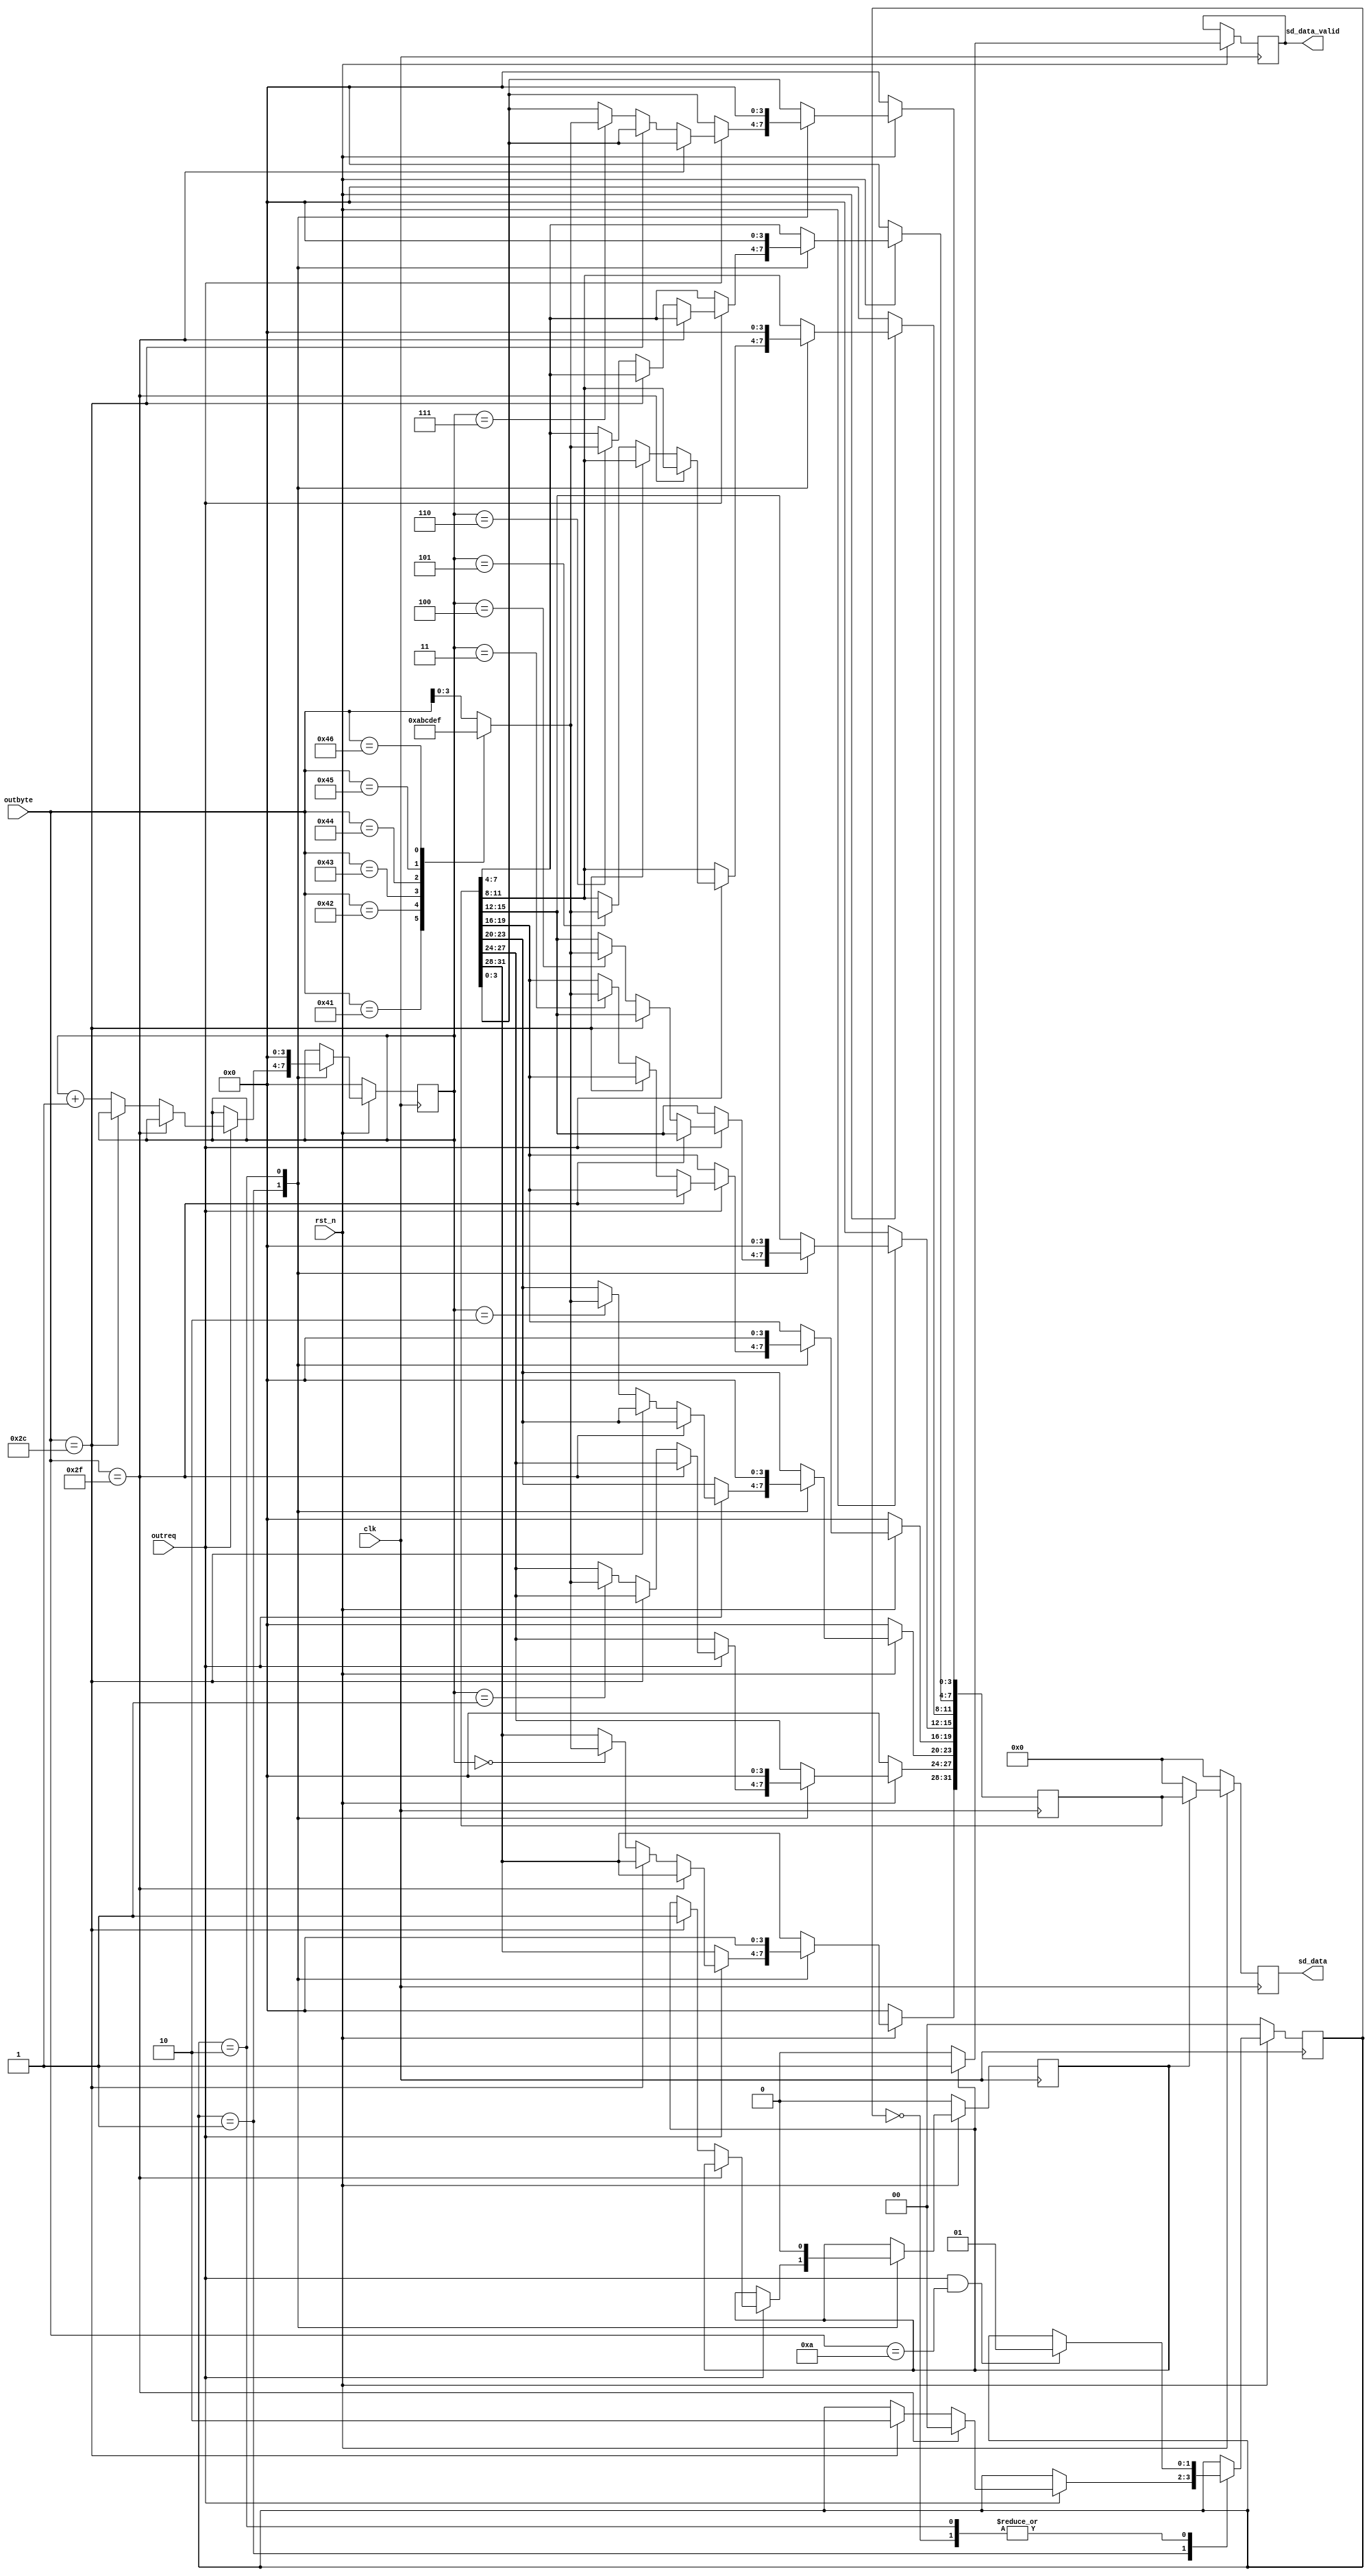
`timescale 1ns / 1ps
//////////////////////////////////////////////////////////////////////////////////
// Company: 
// Engineer: 
// 
// Design Name: 
// Module Name: sd_data_read
// Project Name: 
// Target Devices: 
// Tool Versions: 
// Description: 
// 
// Dependencies: 
// 
// Revision:
// Revision 0.01 - File Created
// Additional Comments:
// 
//////////////////////////////////////////////////////////////////////////////////


module sd_data_read(
    input clk,
    input rst_n,
    input outreq,
    input [7:0]outbyte,
    output reg [31:0]sd_data,
    output reg sd_data_valid
    );
    
    reg [31:0]read_data;
    
    reg trans_flag;
    reg [1:0]stage;
    reg[3:0]count;
    
    
    
    always @(posedge clk) begin
        if(~rst_n) begin
            trans_flag <= 1'b0;
            stage <= 2'b00;
            count <= 4'd0;
            read_data <= 32'd0;
        end
        else begin
            case(stage)
            2'b00: begin
                if(outreq==1 && outbyte==8'h0a) begin
                    stage <= 2'b01;
                end
            end
            2'b01: begin
                if(outreq==1) begin
                    if(outbyte==8'h2f)  begin //"/"
                        stage <= 2'b00;
                    end
                    else if(outbyte==8'h2c) begin   //","
                        stage <= 2'b10;
                        trans_flag <= 1'b1;
                    end
                    else begin
                        case(count)
                        4'd0: begin
                            case(outbyte)
                            8'h41: read_data[31:28] <= 4'hA;
                            8'h42: read_data[31:28] <= 4'hB;
                            8'h43: read_data[31:28] <= 4'hC;
                            8'h44: read_data[31:28] <= 4'hD;
                            8'h45: read_data[31:28] <= 4'hE;
                            8'h46: read_data[31:28] <= 4'hF;
                            default: read_data[31:28] <= outbyte[3:0];  //
                            endcase
                        end
                        4'd1: begin
                            case(outbyte)
                            8'h41: read_data[27:24] <= 4'hA;
                            8'h42: read_data[27:24] <= 4'hB;
                            8'h43: read_data[27:24] <= 4'hC;
                            8'h44: read_data[27:24] <= 4'hD;
                            8'h45: read_data[27:24] <= 4'hE;
                            8'h46: read_data[27:24] <= 4'hF;
                            default: read_data[27:24] <= outbyte[3:0];  //
                            endcase
                        end
                        4'd2: begin
                            case(outbyte)
                            8'h41: read_data[23:20] <= 4'hA;
                            8'h42: read_data[23:20] <= 4'hB;
                            8'h43: read_data[23:20] <= 4'hC;
                            8'h44: read_data[23:20] <= 4'hD;
                            8'h45: read_data[23:20] <= 4'hE;
                            8'h46: read_data[23:20] <= 4'hF;
                            default: read_data[23:20] <= outbyte[3:0];  //
                            endcase
                        end
                        4'd3: begin
                            case(outbyte)
                            8'h41: read_data[19:16] <= 4'hA;
                            8'h42: read_data[19:16] <= 4'hB;
                            8'h43: read_data[19:16] <= 4'hC;
                            8'h44: read_data[19:16] <= 4'hD;
                            8'h45: read_data[19:16] <= 4'hE;
                            8'h46: read_data[19:16] <= 4'hF;
                            default: read_data[19:16] <= outbyte[3:0];  //
                            endcase
                        end
                        4'd4: begin
                            case(outbyte)
                            8'h41: read_data[15:12] <= 4'hA;
                            8'h42: read_data[15:12] <= 4'hB;
                            8'h43: read_data[15:12] <= 4'hC;
                            8'h44: read_data[15:12] <= 4'hD;
                            8'h45: read_data[15:12] <= 4'hE;
                            8'h46: read_data[15:12] <= 4'hF;
                            default: read_data[15:12] <= outbyte[3:0];  //
                            endcase
                        end
                        4'd5: begin
                            case(outbyte)
                            8'h41: read_data[11:8] <= 4'hA;
                            8'h42: read_data[11:8] <= 4'hB;
                            8'h43: read_data[11:8] <= 4'hC;
                            8'h44: read_data[11:8] <= 4'hD;
                            8'h45: read_data[11:8] <= 4'hE;
                            8'h46: read_data[11:8] <= 4'hF;
                            default: read_data[11:8] <= outbyte[3:0];  //
                            endcase
                        end
                        4'd6: begin
                            case(outbyte)
                            8'h41: read_data[7:4] <= 4'hA;
                            8'h42: read_data[7:4] <= 4'hB;
                            8'h43: read_data[7:4] <= 4'hC;
                            8'h44: read_data[7:4] <= 4'hD;
                            8'h45: read_data[7:4] <= 4'hE;
                            8'h46: read_data[7:4] <= 4'hF;
                            default: read_data[7:4] <= outbyte[3:0];  //
                            endcase
                        end
                        4'd7: begin
                            case(outbyte)
                            8'h41: read_data[3:0] <= 4'hA;
                            8'h42: read_data[3:0] <= 4'hB;
                            8'h43: read_data[3:0] <= 4'hC;
                            8'h44: read_data[3:0] <= 4'hD;
                            8'h45: read_data[3:0] <= 4'hE;
                            8'h46: read_data[3:0] <= 4'hF;
                            default: read_data[3:0] <= outbyte[3:0];  //
                            endcase
                        end
                        default: ;
                        endcase
                        count <= count + 1;
                    end
                end
            end
            2'b10: begin
                trans_flag <= 1'b0;
                count <= 4'd0;
                read_data <= 32'd0;
                if((outreq==1) && (outbyte==8'h0a)) begin
                    stage <= 2'b01;
                end
            end
            default: ;
            endcase
        end
    end
    
    //
    always @(posedge clk) begin
        if(~rst_n) begin
            sd_data <= 32'd0;
        end
        else begin
            if(trans_flag==1'b1) begin
                sd_data <= read_data;
                sd_data_valid <= 1'b1;
            end
            else begin
                sd_data <= 32'd0;
                sd_data_valid <= 1'b0;
            end
        end
    end
    
endmodule